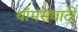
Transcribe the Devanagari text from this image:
थॉमसवादी